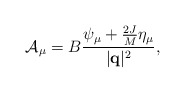
\begin{align*}{\cal A}_\mu =B{\psi_\mu + {2 J \over M}\eta_\mu \over |{\bf q}|^2},\end{align*}